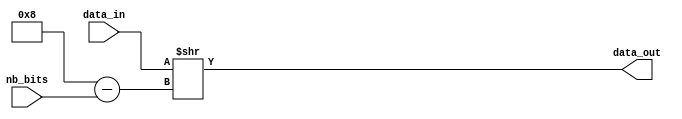
module bits_validator(
    input [7:0] data_in,
    input [NB_BITS_WIDTH-1:0] nb_bits,
    output [7:0] data_out
    );
    
    parameter NB_BITS_WIDTH = 2;
    
    assign data_out = data_in >> (4'b1000 - nb_bits);
    
endmodule